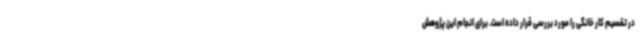
در تقسیم کار خانگی را مورد بررسی قرار داده است. برای انجام این پژوهش